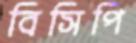
বিসিপি